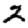
Digit: 2